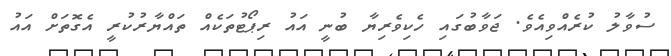
ސުވާލު ކުރެއްވިއެވެ. ޖަވާބުގައި ހެކިވެރިޔާ ބުނީ އައު ރިޕޯޓުތަކެއް ތައްޔާރުކުރީ އެގޮތަށް އައު